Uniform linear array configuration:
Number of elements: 32
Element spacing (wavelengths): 0.75
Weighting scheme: kaiser
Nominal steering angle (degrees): -60
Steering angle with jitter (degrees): -60.822
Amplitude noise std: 0.05
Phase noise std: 0.05

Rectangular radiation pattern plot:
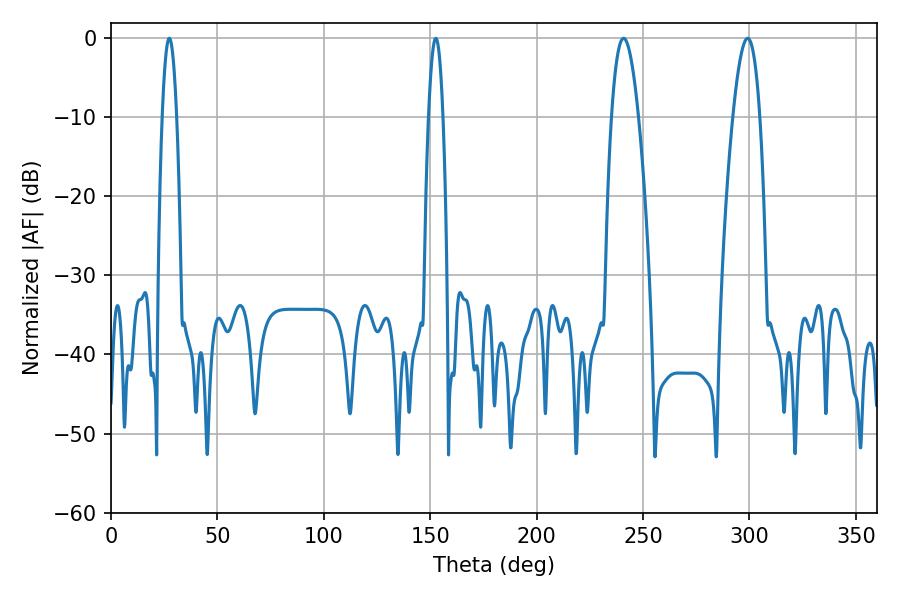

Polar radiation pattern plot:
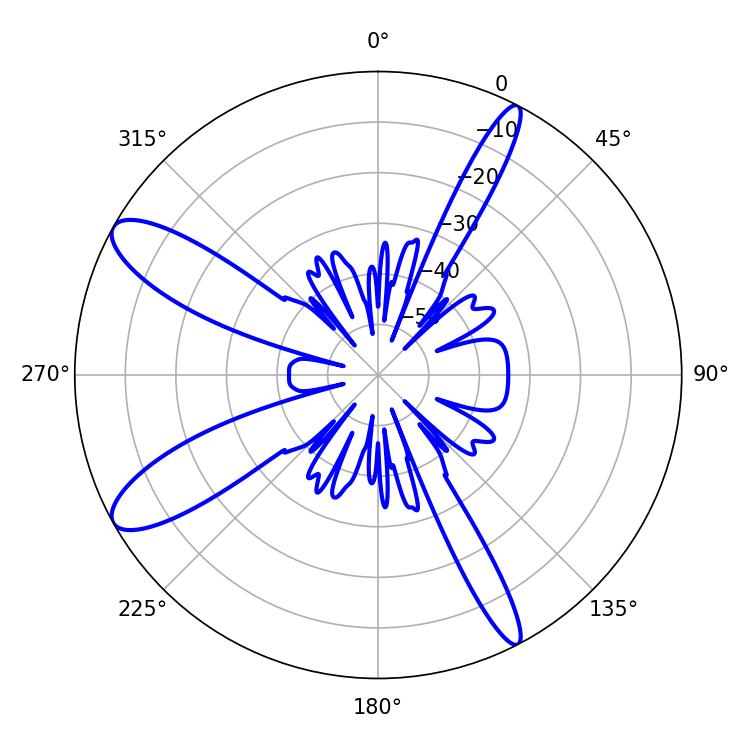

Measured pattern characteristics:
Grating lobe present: TRUE
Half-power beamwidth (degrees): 6.84
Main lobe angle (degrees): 240.84